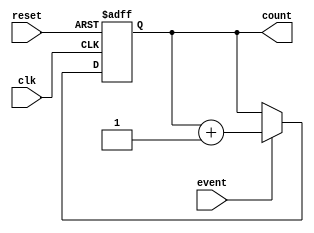
module counter (
    input wire clk,
    input wire reset,
    input wire event,
    output reg [7:0] count // 8-bit counter
);

    always @(posedge clk or posedge reset) begin
        if (reset) begin
            count <= 8'b0; // Asynchronous reset
        end else if (event) begin
            count <= count + 1; // Increment count on event
        end
    end
endmodule